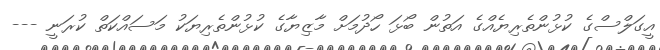
އީގަލްސްގެ ކުޅުންތެރިޔެއްގެ އަތުން ބޯޅަ ހޯދުމަށް މާޒިޔާގެ ކުޅުންތެރިޔަކު މަސައްކަތް ކުރަނީ ---